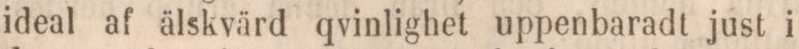
ideal af älskvärd qvinlighet uppenbaradt just i